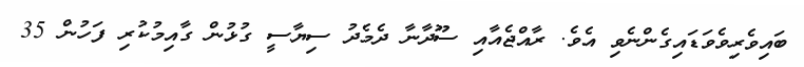
ބައިވެރިވެވަޑައިގެންނެވި އެވެ. ރާއްޖެއާއި ސޫދާނާ ދެމެދު ސިޔާސީ ގުޅުން ގާއިމުކުރި ފަހުން 35